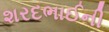
શરદભાઈની